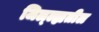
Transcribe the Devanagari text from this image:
जिल्ल्ह्यतील